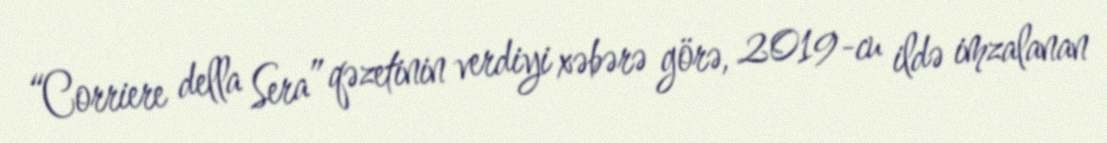
“Corriere della Sera” qəzetinin verdiyi xəbərə görə, 2019-cu ildə imzalanan